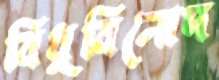
বিধুবিনোদ